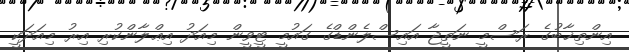
އިންތިޚާބުގެ ރަސްމީ ނަތީޖާ އައިސްލެންޑްގެ ގައުމީ ޓީވީން މިއަދު އިޢްލާންކުރި އިރު މިއަދަކީ